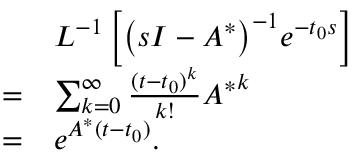
\begin{array} { r l } & { { L ^ { - 1 } } \left[ { { { \left( { s I - { A ^ { * } } } \right) } ^ { - 1 } } { e ^ { - { t _ { 0 } s } } } } \right] } \\ { = } & { \sum _ { k = 0 } ^ { \infty } { \frac { { { { ( t - { t _ { 0 } } ) } ^ { k } } } } { { k ! } } { A ^ { * } } ^ { k } } } \\ { = } & { { e ^ { { A ^ { * } } ( t - { t _ { 0 } } ) } } . } \end{array}